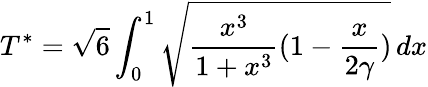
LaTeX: T^{*}=\sqrt{6}\int_{0}^{1}\sqrt{\frac{x^{3}}{1+x^{3}}(1-\frac{x}{2\gamma})}\, dx